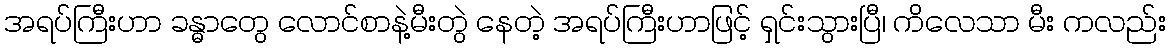
အရပ်ကြီးဟာ ခန္ဓာတွေ လောင်စာနဲ့မီးတွဲ နေတဲ့ အရပ်ကြီးဟာဖြင့် ရှင်းသွားပြီ၊ ကိလေသာ မီး ကလည်း